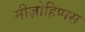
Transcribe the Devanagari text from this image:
मीज़ोहिप्पस